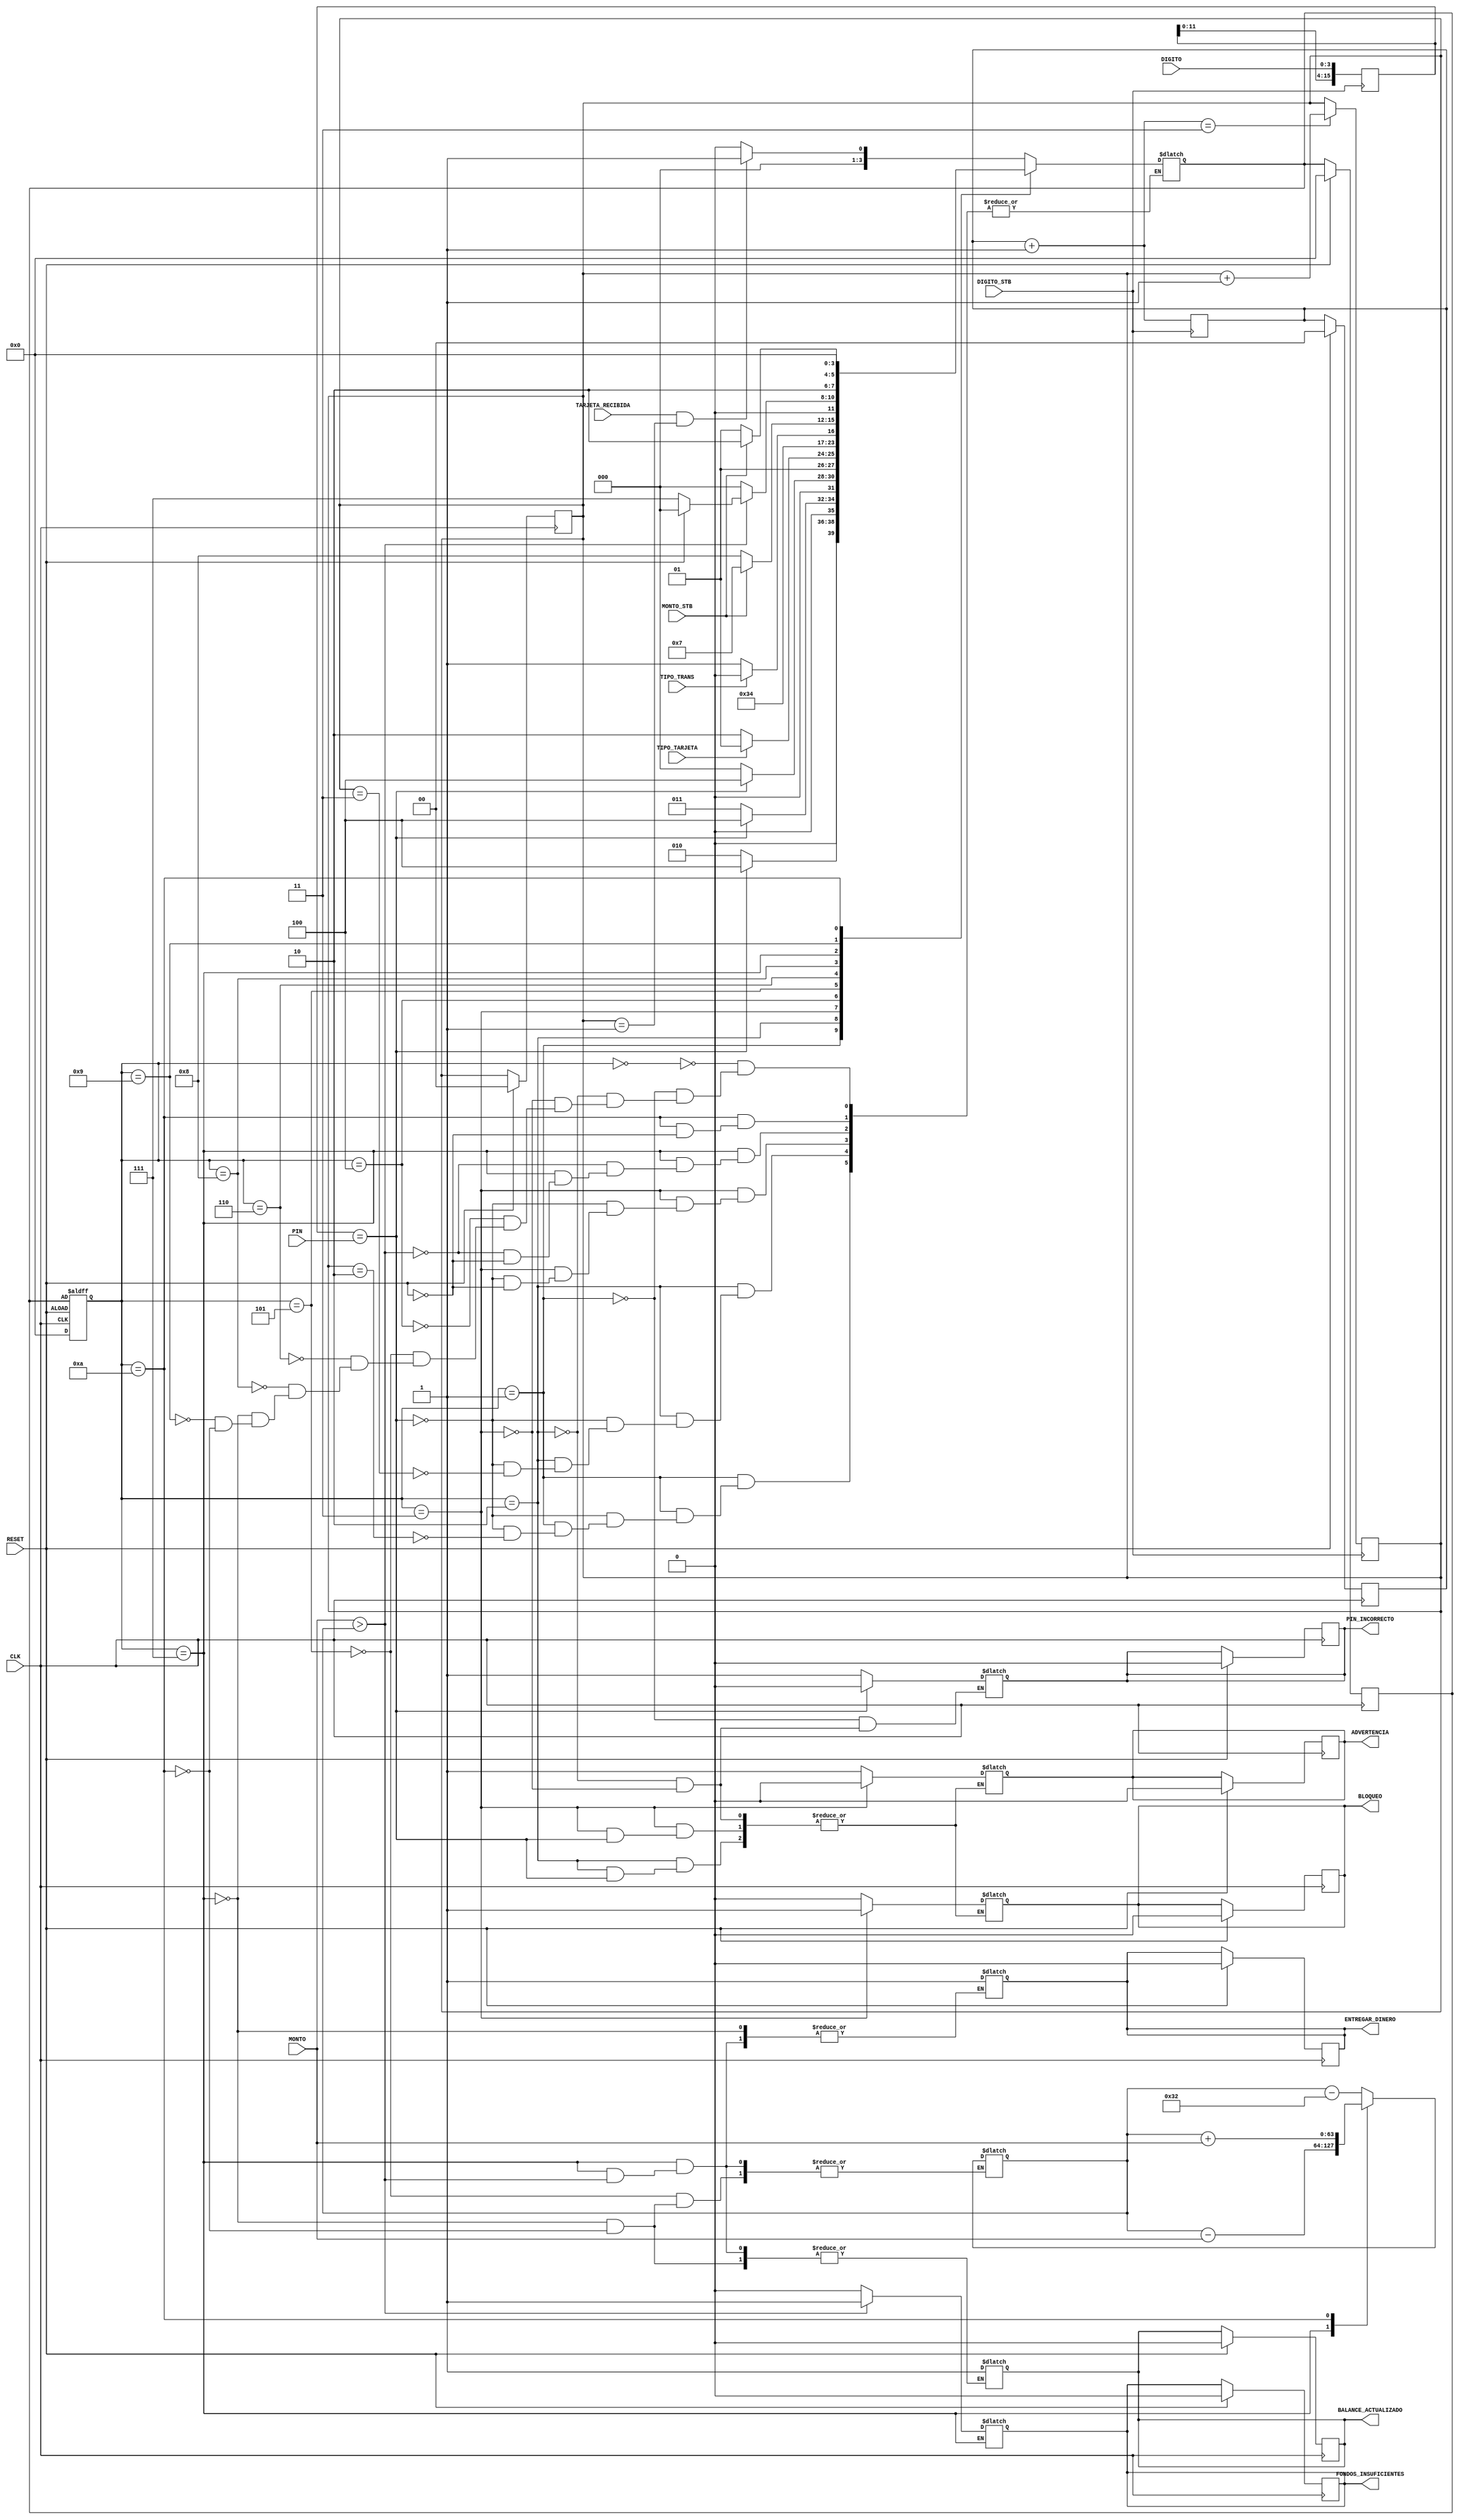
// Circuitos Digitales II - Laboratorio II - 17 de Mayo del 2024.
// Cdigo de Alexa Lpez Marcos B94353  y Angeles Ulate Jarqun C07908

// CONTROLADOR PARA UN CAJERO AUTOMTICO DEL BANCODECOSTARICA
// Mdulo DUT

module CajeroDUT (
  // Las de 1 o 2 bits
    input CLK, RESET, TARJETA_RECIBIDA, TIPO_TARJETA,
    input DIGITO_STB, TIPO_TRANS, MONTO_STB,
    // Las de ms de 2 bits
    input [15:0] PIN, // Objetivo de PIN de usuario
    input [3:0] DIGITO, // Cada ingreso del PIN
    input [31:0] MONTO,
    // Salidas
    output reg BALANCE_ACTUALIZADO,
    output reg ENTREGAR_DINERO,
    output reg FONDOS_INSUFICIENTES,
    output reg PIN_INCORRECTO,
    output reg ADVERTENCIA,
    output reg BLOQUEO
);

// Definicin de los parametros para los estados
parameter INGRESO_TARJETA = 0;
parameter COMPROBAR_PIN1 = 1;
parameter PIN_INC_2 = 2;
parameter PIN_INC_3 = 3;
parameter CUAL_TARJETA = 4;
parameter COBRO = 5;
parameter CUAL_TRANS = 6;
parameter MONTO_ACT_RET = 7;
parameter RETIRO_TRANS = 8;
parameter DEPOSITO_TRANS = 9;
parameter MONTO_ACT_DEP = 10;

// Parametro interno de comisin
parameter COMISION = 50;

// Definicin de registros
reg [63:0] BALANCE;
reg [15:0] PIN_INTERNO;   //PIN_INTERNO se utiliza para comparar con PIN
reg [1:0] CONTADOR;
reg [1:0] CONTADOR2;

// En este caso tiene que ser de 4 bits
reg [3:0] ESTADO;
reg [3:0] SIG_ESTADO;

  initial begin
    // Registros Internos
    PIN_INTERNO = 16'b0000000000000000;   // Pin interno
    BALANCE = 1000;   // 200
    CONTADOR = 2'b00;   // Primer contador
    CONTADOR2 = 2'b00;  // Segundo contador
    // Salidas
    BALANCE_ACTUALIZADO = 0;
    ENTREGAR_DINERO = 0;
    FONDOS_INSUFICIENTES = 0;
    PIN_INCORRECTO = 0;
    ADVERTENCIA = 0;
    BLOQUEO = 0;
  end

  // Para manejo de nmeros ingresados para PIN
  always @(posedge DIGITO_STB) begin
    /*
    Cada flanco positivo de la seal DIGITO_STB
    se almacena el valor ingresado en DIGITO
    a registro PIN_INTERNO y se ingrementa CONTADOR.
    Cuando CONTADOR es igual a 4 se aumenta CONTADOR2.
    */ 
    PIN_INTERNO <= {PIN_INTERNO[11:0], DIGITO};
    CONTADOR++;
    if (CONTADOR==2'b11) begin
      CONTADOR2++;
    end
  end


 always @(posedge CLK or negedge RESET) begin
  //Para cada flanco positivo de CLK o flanco negativo de RESET
    if (RESET) begin
      // Salidas
      BALANCE_ACTUALIZADO<=0;
      ENTREGAR_DINERO<=0;
      FONDOS_INSUFICIENTES<=0;
      PIN_INCORRECTO<=0;
      ADVERTENCIA<=0;
      BLOQUEO<=0;
      // Contadores internos
      CONTADOR = 2'b00;
      CONTADOR2 = 2'b00;
      // Estados
      ESTADO <= INGRESO_TARJETA;
      SIG_ESTADO <= INGRESO_TARJETA;
    end else begin
      ESTADO <= SIG_ESTADO;
    end
 end

// Mquina de estados
always @(*) begin
  case(ESTADO)

    // Estado 0
    INGRESO_TARJETA: begin
      /* Si TARJETA_RECIBIDA est en alto y
      el CONTADOR2 es igual a 2'b01, entonces:
      El siguiente estado es COMPROBAR_PIN1,
      sino se mantiene en el estado INGRESO_TARJETA */
      SIG_ESTADO= (TARJETA_RECIBIDA && (CONTADOR2==2'b01)) ? COMPROBAR_PIN1: INGRESO_TARJETA;
    end

    // Estado 1
    COMPROBAR_PIN1: begin
      if (PIN_INTERNO == PIN) begin
        /* Si PIN_INTERNO es igual a PIN, entonces:
        La salida PIN_INCORRECTO es 0 y
        el siguiente estado es CUAL_TARJETA. */
        PIN_INCORRECTO = 0;
        SIG_ESTADO = CUAL_TARJETA;
      end else begin 
        /* Si PIN_INTERNO es diferente de PIN, entonces:
        La salida PIN_INCORRECTO es 1. */ 
        PIN_INCORRECTO = 1;
        if (PIN_INCORRECTO && (CONTADOR2==2'b10)) begin
          /* Si PIN_INCORRECTO y CONTADOR2 es igual a 2'b10, entonces:
          El siguiente estado es PIN_INC_2. */
          SIG_ESTADO = PIN_INC_2; 
        end 
      end
    end

    // Estado 2
    PIN_INC_2: begin
      if (PIN_INTERNO == PIN) begin
        /* Si PIN_INTERNO es igual a PIN, entonces:
        La salida PIN_INCORRECTO es 0 y
        el siguiente estado es CUAL_TARJETA. */
        PIN_INCORRECTO = 0;
        SIG_ESTADO = CUAL_TARJETA;
      end else begin
        /* Si PIN_INTERNO es diferente de PIN, entonces:
        La salida PIN_INCORRECTO es 1.
        La salida BLOQUEO es 0.
        La salida ADVERTENCIA es 1. */ 
        PIN_INCORRECTO = 1;
        BLOQUEO = 0;
        ADVERTENCIA = 1;
        if (PIN_INCORRECTO && (CONTADOR2==2'b11)) begin
          /* Si PIN_INCORRECTO y CONTADOR2 es igual a 2'b11, entonces:
          El siguiente estado es PIN_INC_3.*/
          SIG_ESTADO = PIN_INC_3;
        end 
      end
    end

    // Estado 3
    PIN_INC_3: begin
      if (PIN_INTERNO == PIN) begin
        /* Si PIN_INTERNO es igual a PIN, entonces:
        La salida PIN_INCORRECTO es 0 y
        el siguiente estado es CUAL_TARJETA. */
        PIN_INCORRECTO = 0;
        SIG_ESTADO = CUAL_TARJETA;
      end else begin
        /* Si PIN_INTERNO es diferente de PIN, entonces:
        La salida PIN_INCORRECTO es 1.
        La salida ADVERTENCIA es 0.
        La salida BLOQUEO es 1. */ 
        PIN_INCORRECTO = 1;
        ADVERTENCIA = 0; 
        BLOQUEO = 1;
        // Una vez que se activa BLOQUEO para cambiar de estado se debe aplicar un RESET.
          if (RESET) begin
            /* Si RESET est en alto, entonces:
            El siguiente estado es INGRESO_TARJETA. */
            SIG_ESTADO = INGRESO_TARJETA;
          end
      end
    end

    // Estado 4
    CUAL_TARJETA: begin
      /* Si TIPO_TARJETA est en alto, entonces:
      El siguiente estado es COBRO (PRIVADO),
      sino pasa al estado CUAL_TRANS. */
      SIG_ESTADO= TIPO_TARJETA ? COBRO: CUAL_TRANS;
    end

    // Estado 5
    COBRO: begin
      /* Se realiza cobro de la COMISION y
      se actualiza el monto de BALANCE.
      Luego del cobro pasa al estado CUAL_TRANS. */
      BALANCE = BALANCE - COMISION;
      SIG_ESTADO = CUAL_TRANS;
    end

    // Estado 6
    CUAL_TRANS: begin
      /* Si TIPO_TRANS est en alto, entonces:
      El siguiente estado es RETIRO_TRANS,
      sino pasa el siguiente es DEPOSITO_TRANS. */
      SIG_ESTADO= TIPO_TRANS ? RETIRO_TRANS: DEPOSITO_TRANS;
    end

    // Estado 7
    RETIRO_TRANS: begin
      /* Si MONTO_STB est en alto, entonces:
      El siguiente estado es MONTO_ACT_RET,
      sino pasa el siguiente es RETIRO_TRANS. */
      SIG_ESTADO= MONTO_STB ? MONTO_ACT_RET: RETIRO_TRANS;
    end

    // Estado 8
    MONTO_ACT_RET: begin
      if (MONTO>BALANCE) begin
          /* Si MONTO es mayor que BALANCE, entonces:
          La salida FONDOS_INSUFICIENTES es 1. */
          FONDOS_INSUFICIENTES = 1;
          // Una vez que se activa FONDOS_INSUFICIENTES para cambiar de estado se debe aplicar un RESET.
          /* Si RESET est en alto, entonces:
          El siguiente estado es INGRESO_TARJETA
          sino, el siguiente estado MONTO_ACT_RET. */ 
          SIG_ESTADO = RESET ? INGRESO_TARJETA : MONTO_ACT_RET;
        end else begin
          /* Si MONTO es menor que BALANCE, entonces:
          A BALANCE se le resta el MONTO a retirar.
          La salida FONDOS_INSUFICIENTES es 0. 
          La salida BALANCE_ACTUALIZADO es 1.
          La salida ENTREGAR_DINERO es 1.*/
          BALANCE = BALANCE - MONTO;
          FONDOS_INSUFICIENTES = 0;
          BALANCE_ACTUALIZADO = 1;
          ENTREGAR_DINERO = 1;
          // Una vez que se activa ENTREGAR_DINERO para cambiar de estado se debe aplicar un RESET.
          if (RESET) begin
            /* Si RESET est en alto, entonces:
            El siguiente estado es INGRESO_TARJETA. */ 
            SIG_ESTADO = INGRESO_TARJETA;
          end
        end
    end

    // Estado 9
    DEPOSITO_TRANS: begin
        /* Si MONTO_STB est en alto, entonces:
        El siguiente estado es MONTO_ACT_DEP,
        sino pasa el siguiente es DEPOSITO_TRANS. */
        SIG_ESTADO = MONTO_STB ? MONTO_ACT_DEP : DEPOSITO_TRANS;
    end

    // Estado 10
    MONTO_ACT_DEP: begin
        /* A BALANCE se le suma el MONTO a depositar.
        La salida BALANCE_ACTUALIZADO es 1.*/
        BALANCE = BALANCE + MONTO;
        BALANCE_ACTUALIZADO = 1;
        // Una vez que se activa BALANCE_ACTUALIZADO para cambiar de estado se debe aplicar un RESET.
        if (RESET) begin
          /* Si RESET est en alto, entonces:
          El siguiente estado es INGRESO_TARJETA. */ 
          SIG_ESTADO = INGRESO_TARJETA;
        end
    end
  endcase
end

endmodule